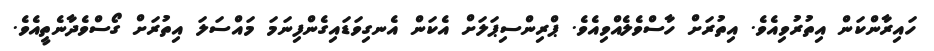
ހައިރާންކަން އިތުރުވިއެވެ. އިތުރަށް ހާސްވެލެއްވިއެވެ. ޕްރިންސިޕަލަށް އެކަން އެނގިވަޑައިގެންފިނަމަ މައްސަލަ އިތުރަށް ގޯސްވެދާނެތީއެވެ.